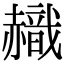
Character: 𧹹